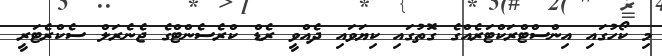
މި ކޯހުގައި އިންސްޓްރަކްޓަރެއްގެ ގޮތުގައި ކިޔަވައި ދެއްވީ ރެޑް ކްރެސެންޓްގެ ޖެނެރަލް ސެކްރެޓަރީ